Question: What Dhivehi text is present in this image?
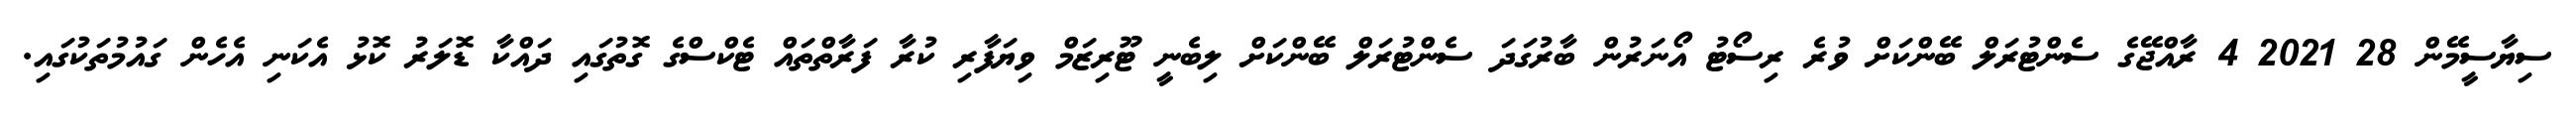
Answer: ސިޔާސީމޭން 28 2021 4 ރާއްޖޭގެ ސެންޓުރަލް ބޭންކަށް ވުރެ ރިސޯޓު އޯނަރުން ބާރުގަދަ ސެންޓުރަލް ބޭންކަށް ލިބެނީ ޓޫރިޒަމް ވިޔަފާރި ކުރާ ފަރާތްތައް ޓެކްސްގެ ގޮތުގައި ދައްކާ ޑޮލަރު ކޮޅު އެކަނި އެހެން ގައުމުތަކުގައި.